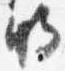
明